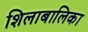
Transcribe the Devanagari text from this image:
शिलाबालिका